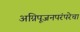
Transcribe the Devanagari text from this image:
अग्निपूजनपरंपरेचा